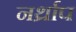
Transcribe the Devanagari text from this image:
नर्थ्राप